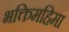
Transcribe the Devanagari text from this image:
भक्तिमहिमा